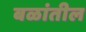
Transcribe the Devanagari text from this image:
बळांतील